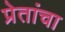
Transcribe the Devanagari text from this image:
प्रेतांचा